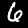
Label: 6